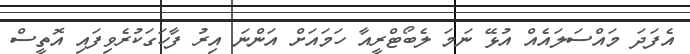
އެފަދަ މައްސަލައެއް އުޅޭ ނަމަ ލެބޯޓްރީއާ ހަމައަށް އަންނަ އިރު ފާހަގަކުރެވިފައި އޮތީސް